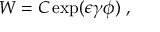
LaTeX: W = C \exp ( \epsilon \gamma \phi ) ~ ,